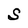
Character: S